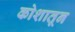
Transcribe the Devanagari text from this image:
कोशातून